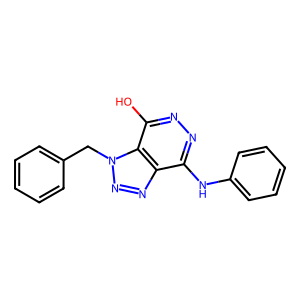
SMILES: Oc1nnc(Nc2ccccc2)c2nnn(Cc3ccccc3)c12
Inhibits HIV replication: No